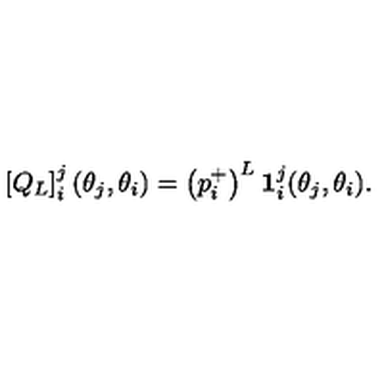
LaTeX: \left[ Q _ { L } \right] _ { i } ^ { j } ( \theta _ { j } , \theta _ { i } ) = \left( p _ { i } ^ { + } \right) ^ { L } \mathbf { 1 } _ { i } ^ { j } ( \theta _ { j } , \theta _ { i } ) .